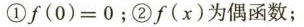
①$$f ( 0 ) = 0$$；②f(x)为偶函数；